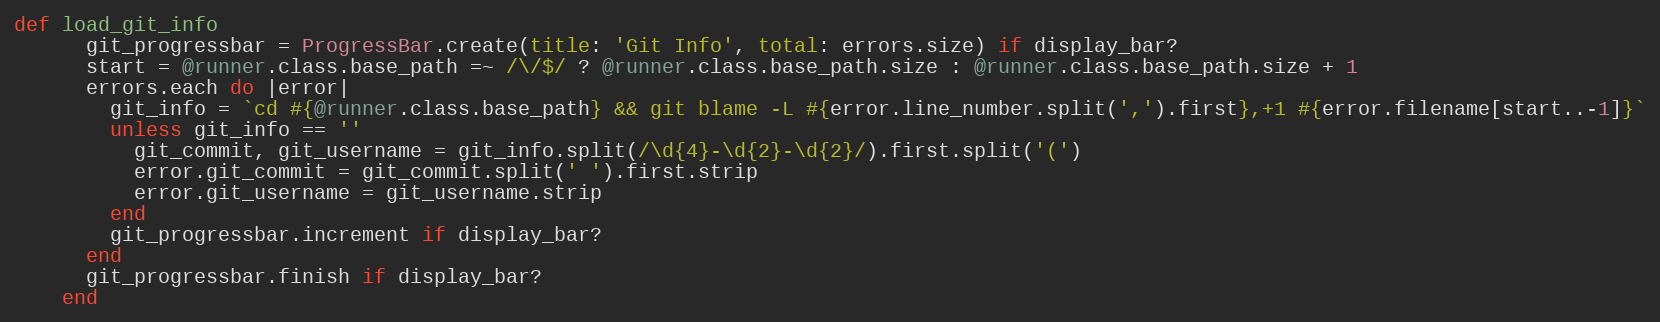
Language: Ruby
def load_git_info
      git_progressbar = ProgressBar.create(title: 'Git Info', total: errors.size) if display_bar?
      start = @runner.class.base_path =~ /\/$/ ? @runner.class.base_path.size : @runner.class.base_path.size + 1
      errors.each do |error|
        git_info = `cd #{@runner.class.base_path} && git blame -L #{error.line_number.split(',').first},+1 #{error.filename[start..-1]}`
        unless git_info == ''
          git_commit, git_username = git_info.split(/\d{4}-\d{2}-\d{2}/).first.split('(')
          error.git_commit = git_commit.split(' ').first.strip
          error.git_username = git_username.strip
        end
        git_progressbar.increment if display_bar?
      end
      git_progressbar.finish if display_bar?
    end